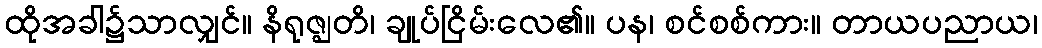
ထိုအခါ၌သာလျှင်။ နိရုဇ္ဈတိ၊ ချုပ်ငြိမ်းလေ၏။ ပန၊ စင်စစ်ကား။ တာယပညာယ၊